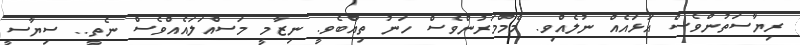
ރިޔާސަތުންވެސް އަޅައެއް ނުލެއްވި. މެމްމަރުންވެސް ހަނު ތިއްބެވީ. ނިޒާމީ މަސްއަލައެއްވެސް ނެތީ.. ސިޔާސީ